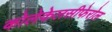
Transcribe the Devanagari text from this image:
कोलेकेलसीफेरोल